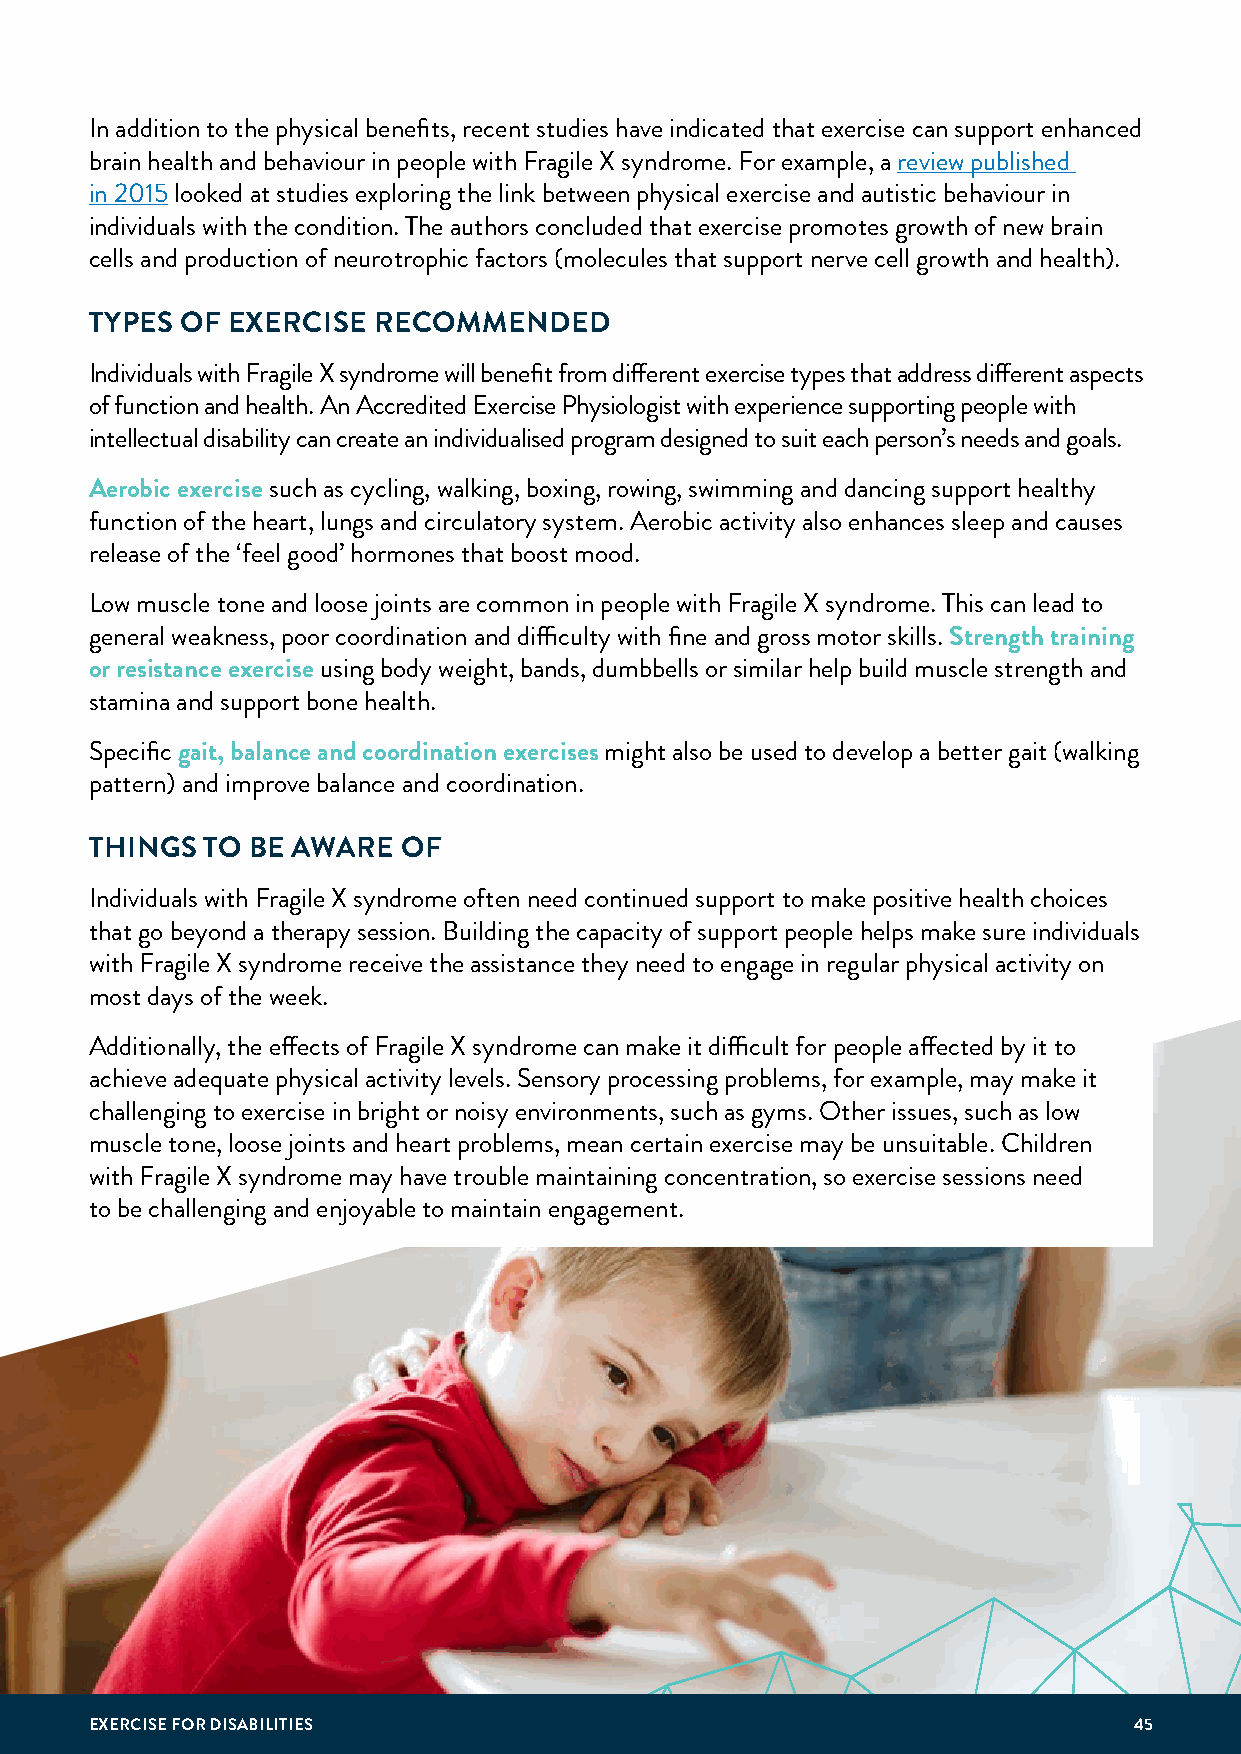
In addition to the physical benefits, recent studies have indicated that exercise can support enhanced
 brain health and behaviour in people with Fragile X syndrome. For example, a review published
 in 2015 looked at studies exploring the link between physical exercise and autistic behaviour in
 individuals with the condition. The authors concluded that exercise promotes growth of new brain
 cells and production of neurotrophic factors (molecules that support nerve cell growth and health).
 TYPES OF EXERCISE  RECOMMENDED
 Individuals with Fragile X syndrome will benefit from different exercise types that address different aspects
 of function and health. An Accredited Exercise Physiologist with experience supporting people with
 intellectual disability can create an individualised program designed to suit each person’s needs and goals.
 Aerobic exercise such as cycling, walking, boxing, rowing, swimming and dancing support healthy
 function of the heart, lungs and circulatory system. Aerobic activity also enhances sleep and causes
 release of the ‘feel good’ hormones that boost mood.
 Low muscle tone and loose joints are common in people with Fragile X syndrome. This can lead to
 general weakness, poor coordination and difficulty with fine and gross motor skills. Strength training
 or resistance exercise using body weight, bands, dumbbells or similar help build muscle strength and
 stamina and support bone health.
 Specific gait, balance and coordination exercises might also be used to develop a better gait (walking
 pattern) and improve balance and coordination.
 THINGS  TO BE AWARE  OF
 Individuals with Fragile X syndrome often need continued support to make positive health choices
 that go beyond a therapy session. Building the capacity of support people helps make sure individuals
 with Fragile X syndrome receive the assistance they need to engage in regular physical activity on
 most days of the week.
 Additionally, the effects of Fragile X syndrome can make it difficult for people affected by it to
 achieve adequate physical activity levels. Sensory processing problems, for example, may make it
 challenging to exercise in bright or noisy environments, such as gyms. Other issues, such as low
 muscle tone, loose joints and heart problems, mean certain exercise may be unsuitable. Children
 with Fragile X syndrome may have trouble maintaining concentration, so exercise sessions need
 to be challenging and enjoyable to maintain engagement.
 EXERCISE FOR DISABILITIES                                            45